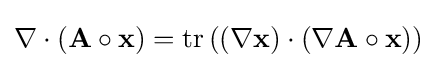
\nabla \cdot (\mathbf {A} \circ \mathbf {x} )=\mathrm {tr} \left((\nabla \mathbf {x} )\cdot (\nabla \mathbf {A} \circ \mathbf {x} )\right)